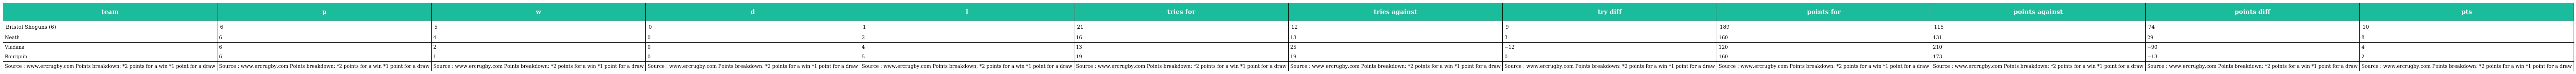
| team | p | w | d | l | tries for | tries against | try diff | points for | points against | points diff | pts |
 | --- | --- | --- | --- | --- | --- | --- | --- | --- | --- | --- | --- |
 | Bristol Shoguns (6) | 6 | 5 | 0 | 1 | 21 | 12 | 9 | 189 | 115 | 74 | 10 |
 | Neath | 6 | 4 | 0 | 2 | 16 | 13 | 3 | 160 | 131 | 29 | 8 |
 | Viadana | 6 | 2 | 0 | 4 | 13 | 25 | −12 | 120 | 210 | −90 | 4 |
 | Bourgoin | 6 | 1 | 0 | 5 | 19 | 19 | 0 | 160 | 173 | −13 | 2 |
 | Source : www.ercrugby.com Points breakdown: *2 points for a win *1 point for a draw | Source : www.ercrugby.com Points breakdown: *2 points for a win *1 point for a draw | Source : www.ercrugby.com Points breakdown: *2 points for a win *1 point for a draw | Source : www.ercrugby.com Points breakdown: *2 points for a win *1 point for a draw | Source : www.ercrugby.com Points breakdown: *2 points for a win *1 point for a draw | Source : www.ercrugby.com Points breakdown: *2 points for a win *1 point for a draw | Source : www.ercrugby.com Points breakdown: *2 points for a win *1 point for a draw | Source : www.ercrugby.com Points breakdown: *2 points for a win *1 point for a draw | Source : www.ercrugby.com Points breakdown: *2 points for a win *1 point for a draw | Source : www.ercrugby.com Points breakdown: *2 points for a win *1 point for a draw | Source : www.ercrugby.com Points breakdown: *2 points for a win *1 point for a draw | Source : www.ercrugby.com Points breakdown: *2 points for a win *1 point for a draw |